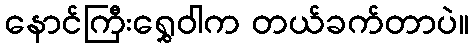
နောင်ကြီးရွှေဝါက တယ်ခက်တာပဲ။